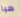
هيا